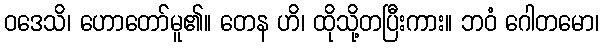
ဝဒေသိ၊ ဟောတော်မူ၏။ တေန ဟိ၊ ထိုသို့တပြီးကား။ ဘဝံ ဂေါတမော၊